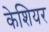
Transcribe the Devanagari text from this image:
केशियर